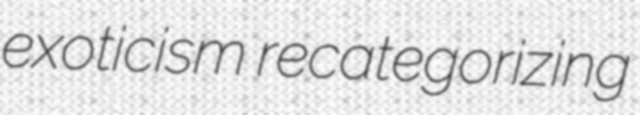
exoticism recategorizing